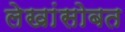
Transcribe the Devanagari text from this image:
लेखांसोबत